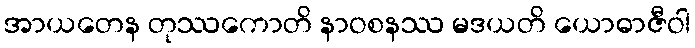
အာယတေန တုဿကောတိ နာဝစနဿ မဒယတိ ယောဓာဇီဝါ